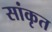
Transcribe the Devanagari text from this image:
सांकृत